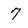
Character: 7